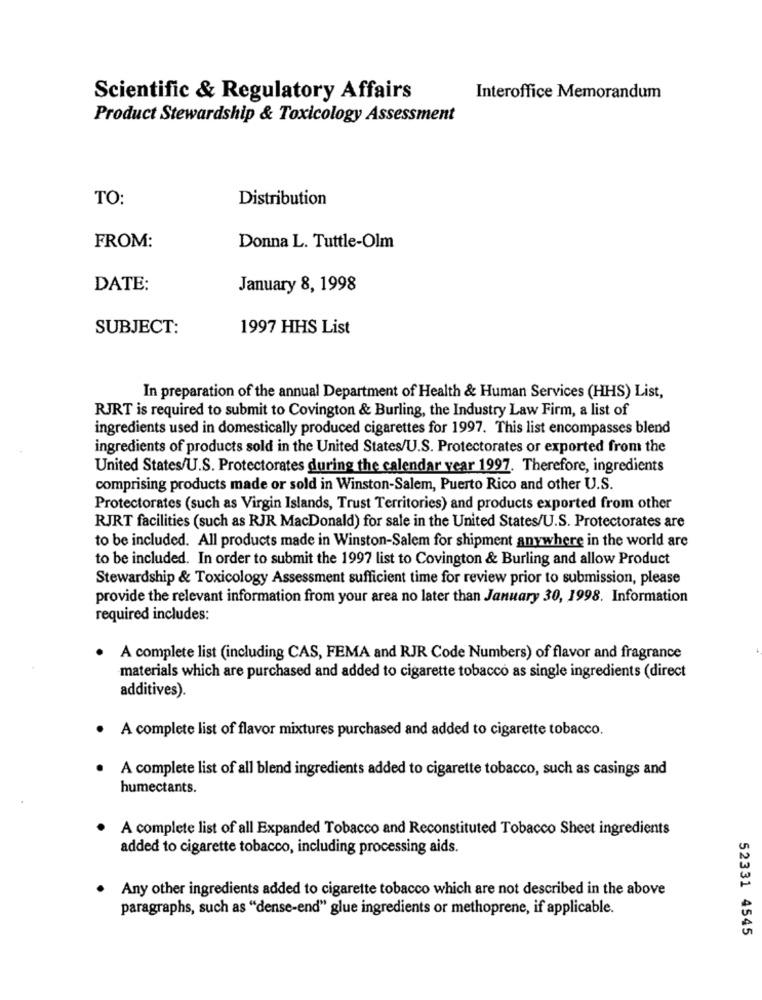
Scientific & Regulatory Affairs
Interoffice Memorandum
Product Stewardship & Toxicology Assessment
TO:
Distribution
FROM:
Donna L. Tuttle-Olm
DATE:
January 8, 1998
SUBJECT:
1997 HHS List
In preparation of the annual Department of Health & Human Services (HHS) List,
RJRT is required to submit to Covington & Burling, the Industry Law Firm, a list of
ingredients used in domestically produced cigarettes for 1997. This list encompasses blend
ingredients of products sold in the United States/U.S. Protectorates or exported from the
United States/U.S. Protectorates during the calendar year 1997. Therefore, ingredients
comprising products made or sold in Winston-Salem, Puerto Rico and other U.S.
Protectorates (such as Virgin Islands, Trust Territories) and products exported from other
RJRT facilities (such as RJR MacDonald) for sale in the United States/U.S. Protectorates are
to be included. All products made in Winston-Salem for shipment anywhere in the world are
to be included. In order to submit the 1997 list to Covington & Burling and allow Product
Stewardship & Toxicology Assessment sufficient time for review prior to submission, please
provide the relevant information from your area no later than January 30, 1998. Information
required includes:
. A complete list (including CAS, FEMA and RJR Code Numbers) of flavor and fragrance
materials which are purchased and added to cigarette tobacco as single ingredients (direct
additives).
· A complete list of flavor mixtures purchased and added to cigarette tobacco.
· A complete list of all blend ingredients added to cigarette tobacco, such as casings and
humectants.
A complete list of all Expanded Tobacco and Reconstituted Tobacco Sheet ingredients
added to cigarette tobacco, including processing aids.
Any other ingredients added to cigarette tobacco which are not described in the above
paragraphs, such as "dense-end" glue ingredients or methoprene, if applicable.
52331 4545